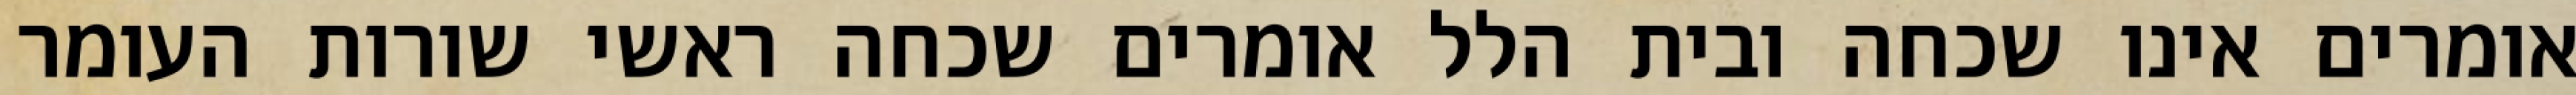
אומרים אינו שכחה ובית הלל אומרים שכחה ראשי שורות העומר